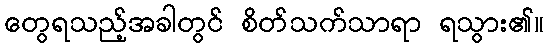
တွေရသည့်အခါတွင် စိတ်သက်သာရာ ရသွား၏။